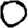
Digit: 0